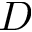
D